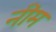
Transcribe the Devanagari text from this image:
नींम